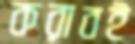
করাবই